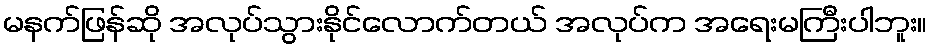
မနက်ဖြန်ဆို အလုပ်သွားနိုင်လောက်တယ် အလုပ်က အရေးမကြီးပါဘူး။